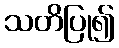
သတိပြု၍